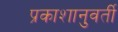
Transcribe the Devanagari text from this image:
प्रकाशानुवर्ती